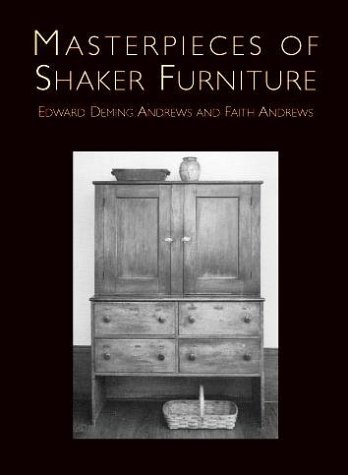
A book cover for Masterpieces of Shaker Furniture; Edward Deming Andrews; Christian Books & Bibles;